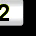
Digit: 2